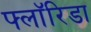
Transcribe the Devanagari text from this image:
फ्लाॅरिडा